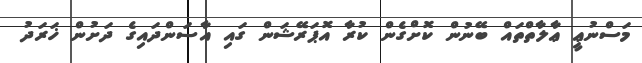
މަސްނުޢީ ޢާލާތްތައް ބޭނުން ކޮށްގެން ކުރާ އޮޕަރޭޝަން ގައި އާސަންދައިގެ ދަށުން ޚަރަދު